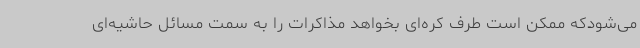
می‌شودکه ممکن است طرف کره‌ای بخواهد مذاکرات را به سمت مسائل حاشیه‌ای